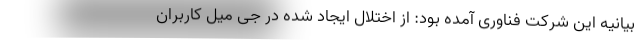
بیانیه این شرکت فناوری آمده بود: از اختلال ایجاد شده در جی میل کاربران